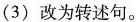
(3) 改为转述句。